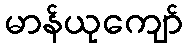
မာန်ယုကျော်